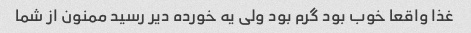
غذا واقعا خوب بود گرم بود ولی یه خورده دیر رسید ممنون از شما